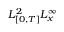
L _ { [ 0 , T ] } ^ { 2 } L _ { x } ^ { \infty }